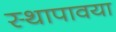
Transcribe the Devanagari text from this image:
स्थापावया